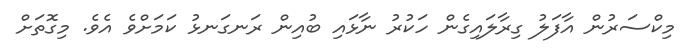
މިކްސަރުން އާފަލު ގިރާލައިގެން ހަކުރު ނާޅައި ބުއިން ރަނގަނޅު ކަމަށްވެ އެވެ. މިގޮތަށް